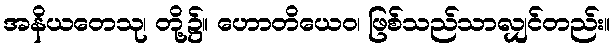
အနိယတေသု၊ တို့၌။ ဟောတိယေဝ၊ ဖြစ်သည်သာလျှင်တည်း။